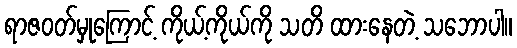
ရာဇဝတ်မှုကြောင့် ကိုယ့်ကိုယ်ကို သတိ ထားနေတဲ့ သဘောပါ။